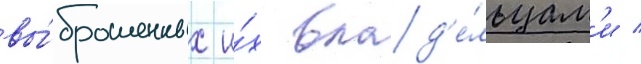
вы́брошенных и́х влад'е́льцам'и /